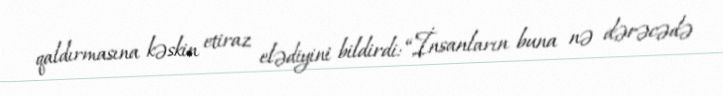
qaldırmasına kəskin etiraz elədiyini bildirdi: “İnsanların buna nə dərəcədə